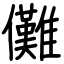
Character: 儺